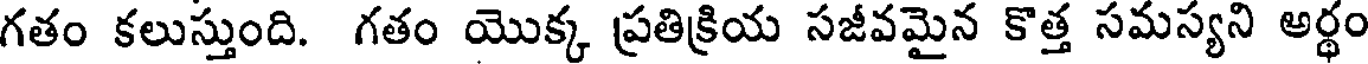
గతం కలుస్తుంది. గతం యొక్క ప్రతిక్రియ సజీవమైన కొత్త సమస్యని అర్థం